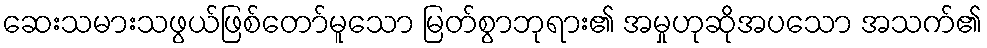
ဆေးသမားသဖွယ်ဖြစ်တော်မူသော မြတ်စွာဘုရား၏ အမှုဟုဆိုအပသော အသက်၏